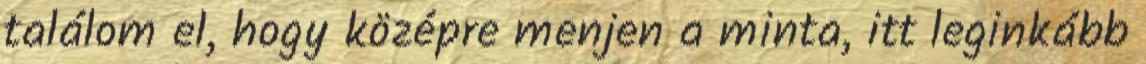
találom el, hogy középre menjen a minta, itt leginkább